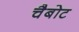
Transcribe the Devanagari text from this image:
चैबोट